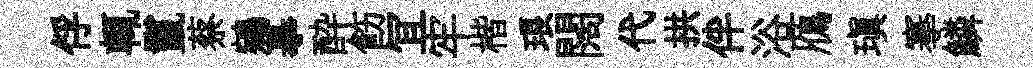
俘輒鬣蔡鵷摹酔飭冝牢楷琅闊代拱伴浴鴈瑱搴鱗